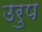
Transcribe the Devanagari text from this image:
उरुप